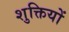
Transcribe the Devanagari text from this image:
शुक्तियों